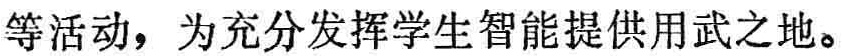
等活动，为充分发挥学生智能提供用武之地。